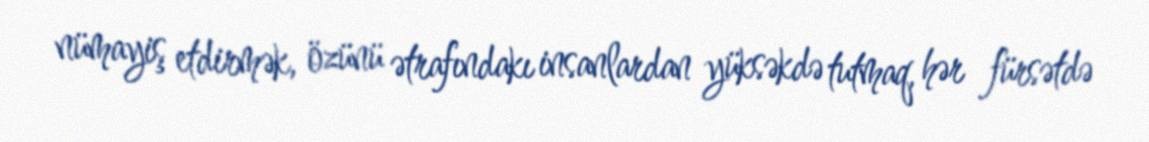
nümayiş etdirmək, özünü ətrafındakı insanlardan yüksəkdə tutmaq, hər fürsətdə